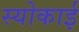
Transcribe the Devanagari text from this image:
स्योकाई